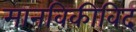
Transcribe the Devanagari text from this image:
मानविकीविद